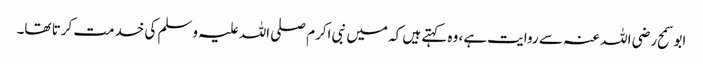
ابو سمح رضی اللہ عنہ سے روایت ہے، وہ کہتے ہیں کہ میں نبی اکرم صلی اللہ علیہ وسلم کی خدمت کرتا تھا۔